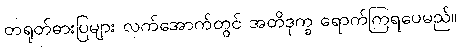
တရုတ်ဓားပြများ လက်အောက်တွင် အတိဒုက္ခ ရောက်ကြရပေမည်။